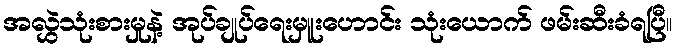
အလွှဲသုံးစားမှုနဲ့ အုပ်ချုပ်ရေးမှူးဟောင်း သုံးယောက် ဖမ်းဆီးခံရပြီ။